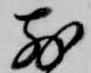
前